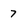
Character: 7